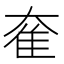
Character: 奞